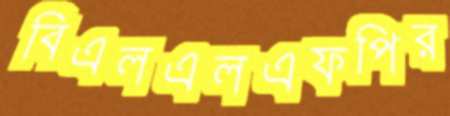
বিএলএলএফপির